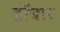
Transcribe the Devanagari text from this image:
डॉबार